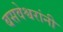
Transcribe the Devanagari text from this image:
बसवेश्वरांनी